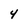
Character: 4